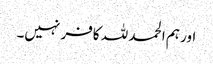
اور ہم الحمد للہ کافر نہیں۔